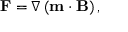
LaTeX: \mathbf { F } = { \boldsymbol { \nabla } } \left( \mathbf { m } \cdot \mathbf { B } \right) ,